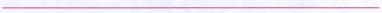
___